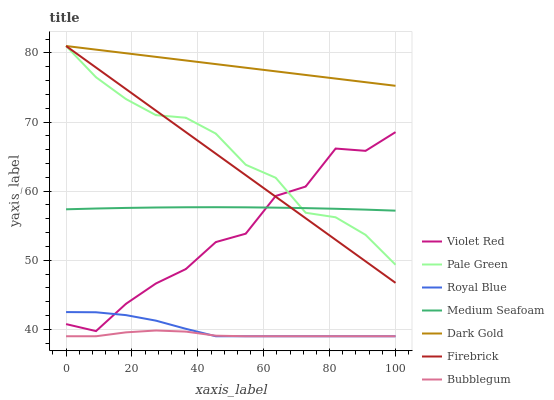
| xaxis_label | Violet Red | Pale Green | Royal Blue | Medium Seafoam | Dark Gold | Firebrick | Bubblegum |
 | --- | --- | --- | --- | --- | --- | --- | --- |
 | 0 | 40.8 | 81 | 42.5 | 57.4 | 81 | 81 | 39 |
 | 9.09 | 39.7 | 76.5 | 42.5 | 57.5 | 80.5 | 77.9 | 39 |
 | 18.2 | 43.7 | 73.3 | 42.1 | 57.6 | 80 | 74.8 | 39.6 |
 | 27.3 | 46.6 | 71 | 41.3 | 57.6 | 79.4 | 71.7 | 39.8 |
 | 36.4 | 48.7 | 70.6 | 40.1 | 57.7 | 78.9 | 68.5 | 39.7 |
 | 45.5 | 52.6 | 68.3 | 39 | 57.7 | 78.4 | 65.4 | 39.1 |
 | 54.5 | 53.8 | 63.8 | 39 | 57.7 | 77.9 | 62.3 | 39 |
 | 63.6 | 59.3 | 61.9 | 39 | 57.6 | 77.3 | 59.2 | 39 |
 | 72.7 | 60.7 | 56.9 | 39 | 57.5 | 76.8 | 56.1 | 39 |
 | 81.8 | 66.2 | 56.2 | 39 | 57.4 | 76.3 | 53 | 39 |
 | 90.9 | 65.8 | 53.7 | 39 | 57.3 | 75.8 | 49.8 | 39 |
 | 100 | 68.5 | 49.3 | 39 | 57.2 | 75.2 | 46.7 | 39 |